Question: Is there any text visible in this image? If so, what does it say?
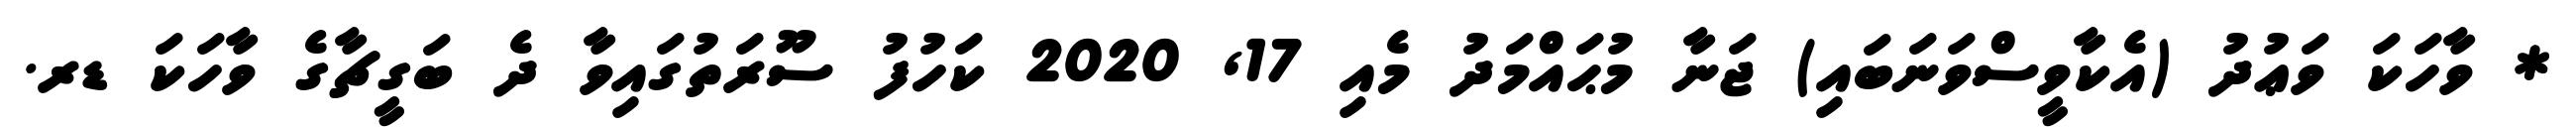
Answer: * ވާހަކަ ވަޢުދު (އެކާވީސްވަނަބައި) ޖަނާ މުޙައްމަދު މެއި 17, 2020 ކަހުފު ސޫރަތުގައިވާ ދެ ބަގީޗާގެ ވާހަކަ ޑރ.